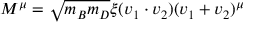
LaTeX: M ^ { \mu } = \sqrt { m _ { B } m _ { D } } \xi ( v _ { 1 } \cdot v _ { 2 } ) ( v _ { 1 } + v _ { 2 } ) ^ { \mu }